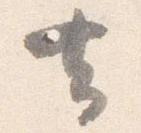
去